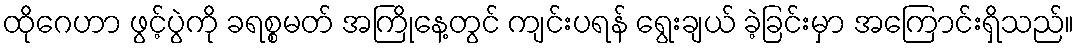
ထိုဂေဟာ ဖွင့်ပွဲကို ခရစ္စမတ် အကြိုနေ့တွင် ကျင်းပရန် ရွေးချယ် ခဲ့ခြင်းမှာ အကြောင်းရှိသည်။